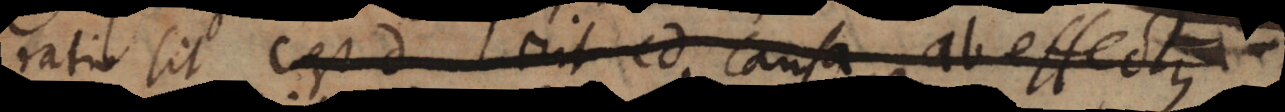
ratio sit cd, erit cd causa, ab effectus.